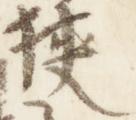
狭